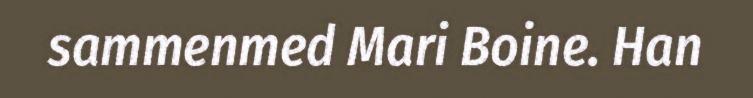
sammenmed Mari Boine. Han